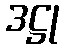
ဒဋ္ဌု